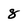
Character: 8